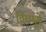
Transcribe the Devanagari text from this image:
विण्मूत्रे